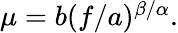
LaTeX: \begin{array}{r}{\mu=b(f/a)^{\beta/\alpha}.}\end{array}